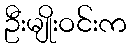
ဦးမျိုးဝင်းက